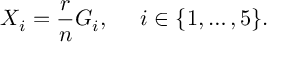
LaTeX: X _ { i } = \frac { r } { n } G _ { i } , \; \; \; \; \; i \in \{ 1 , \ldots , 5 \} .